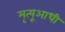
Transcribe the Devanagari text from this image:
मृत्यूआधी